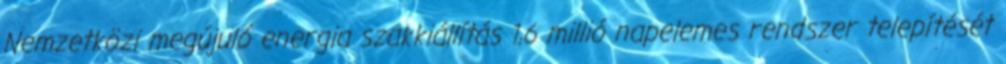
Nemzetközi megújuló energia szakkiállítás 1,6 millió napelemes rendszer telepítését